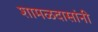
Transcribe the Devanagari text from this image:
शामळदासांनी